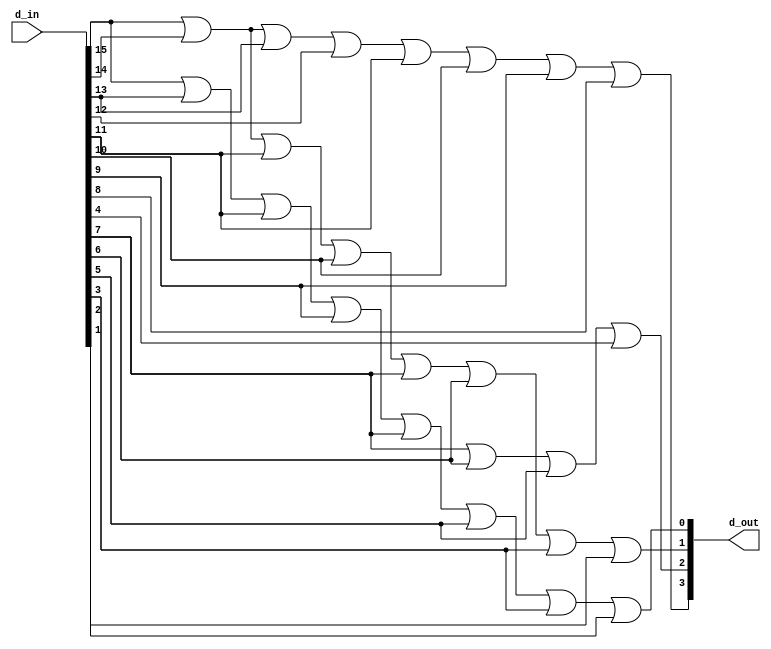
///////////////////////////////////////////////////////////////////////////
// Company: VB Tech
//
// Design Name: Encoder 16 to 4
// Module Name: encoder_16to4.v
// Project Name: BIST Ethernet Packet
// Target Device: KU5P
// Tool Versions: 2019.2
// Description: Encoder 16 to 4
//
// Dependencies:
//
// Revision:
// Revision 0.01 - File Created
// Additional Comments:
//
/////////////////////////////////////////////////////////////////////////
module encoder_16to4
	(
		d_out, 
		d_in
	);

/////////////////////////////////////////////////////////////////////////
// Parameter Declarations

/////////////////////////////////////////////////////////////////////////
// Port Declarations
input [15:0]   d_in;
/////////////////////////////////////////////////////////////////////////
// Output Declarations
output [3:0] d_out;

/////////////////////////////////////////////////////////////////////////
// Local Logic and Instantiation
assign d_out[3] = d_in[15] | d_in[14] | d_in[13] | d_in[12] | d_in[11] | d_in[10] | d_in[9] | d_in[8];
assign d_out[2] = d_in[7] | d_in[6] | d_in[5] | d_in[4];
assign d_out[1] = d_in[15] | d_in[14] | d_in[11] | d_in[10] | d_in[7] | d_in[6] | d_in[3] | d_in[2];
assign d_out[0] = d_in[15] | d_in[13] | d_in[11] | d_in[9] | d_in[7] | d_in[5] | d_in[3] | d_in[1];

endmodule